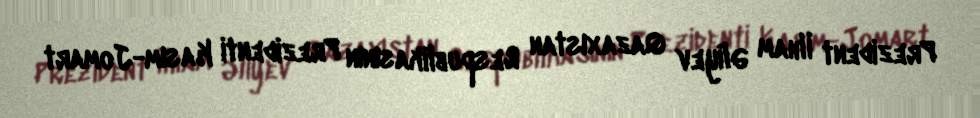
Prezident İlham Əliyev Qazaxıstan Respublikasının Prezidenti Kasım-Jomart